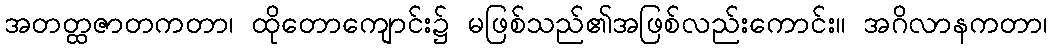
အတတ္ထဇာတကတာ၊ ထိုတောကျောင်း၌ မဖြစ်သည်၏အဖြစ်လည်းကောင်း။ အဂိလာနကတာ၊